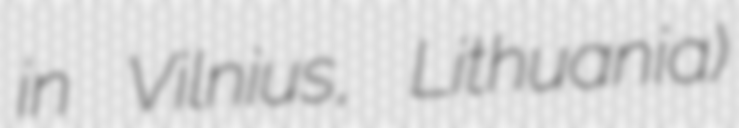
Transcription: in Vilnius, Lithuania)